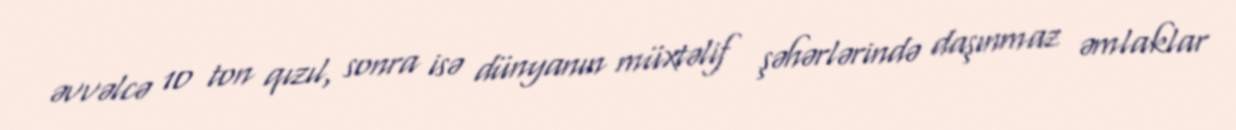
əvvəlcə 10 ton qızıl, sonra isə dünyanın müxtəlif şəhərlərində daşınmaz əmlaklar